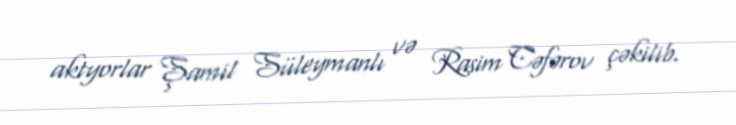
aktyorlar Şamil Süleymanlı və Rasim Cəfərov çəkilib.